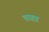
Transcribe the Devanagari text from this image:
चाहड